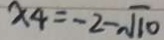
x _ { 4 } = - 2 - \sqrt { 1 0 }